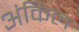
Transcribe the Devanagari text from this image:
अंकिल